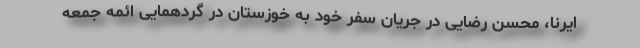
ایرنا، محسن رضایی در جریان سفر خود به خوزستان در گردهمایی ائمه جمعه